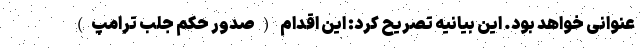
عنوانی خواهد بود. این بیانیه تصریح کرد: این اقدام (صدور حکم جلب ترامپ)